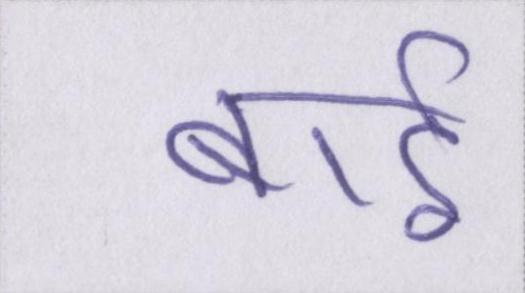
बाईं